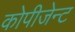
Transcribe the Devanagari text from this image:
कोपीजेन्ट